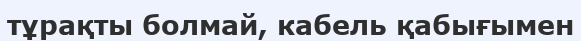
тұрақты болмай, кабель қабығымен